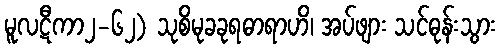
မူလဋီကာ၂-၆၂) သုစိမုခခုရဓာရာဟိ၊ အပ်ဖျား သင်ဓုန်းသွား